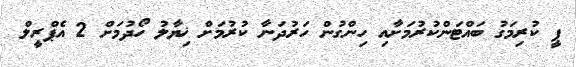
ޕީ ކުރިމަގު ބައްޓަންކުރުމަށާއި ހިންގުން ހަރުދަނާ ކުރުމަށް ޚިޔާލު ހޯދުމަށް 2 އެޕްރީލް